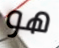
هو